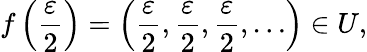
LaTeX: f\left({\frac{\varepsilon}{2}}\right)=\left({\frac{\varepsilon}{2}},{\frac{\varepsilon}{2}},{\frac{\varepsilon}{2}},\ldots\right)\in U,